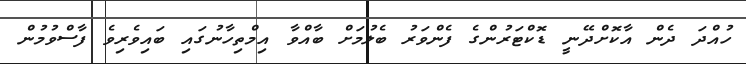
ހުއްދަ ދެން އާކޮށްދޭނީ ޑޮކްޓަރުންގެ ފެންވަރު ބެލުމަށް ބާއްވާ އިމްތިހާނުގައި ބައިވެރިވެ ފާސްވުމުން